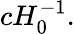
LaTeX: cH_{0}^{-1}.